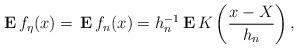
LaTeX: \begin{align*}{\bf \,E\,}f_{\eta }(x)={\bf \,E\,}f_{n}(x)=h_{n}^{-1}{\bf \,E\,}K\left(\frac{x-X}{h_{n}}\right) , \end{align*}